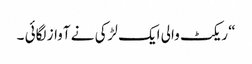
“ ریکٹ والی ایک لڑکی نے آواز لگائی ۔